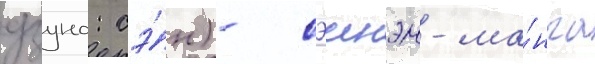
дзуно: сэ́н) - сэинэн-ма́нга